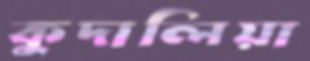
কুদালিয়া